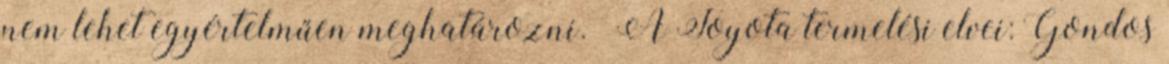
nem lehet egyértelműen meghatározni.” A Toyota termelési elvei: Gondos